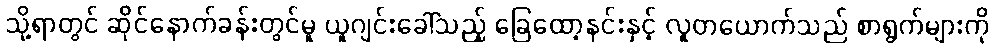
သို့ရာတွင် ဆိုင်နောက်ခန်းတွင်မူ ယူဂျင်းခေါ်သည့် ခြေထော့နင်းနှင့် လူတယောက်သည် စာရွက်များကို